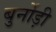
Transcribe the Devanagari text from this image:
बुर्नोड़ी